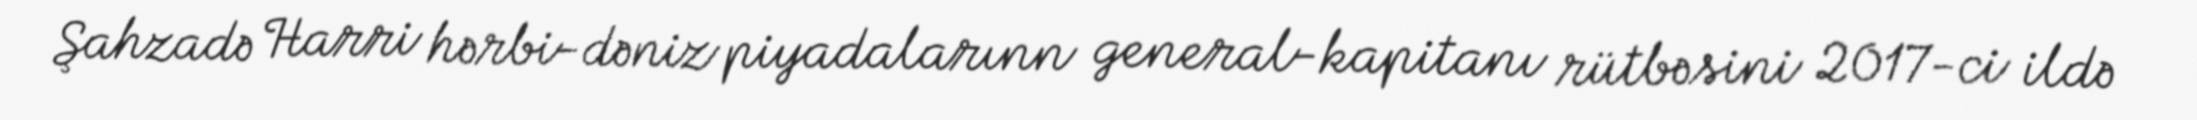
Şahzadə Harri hərbi-dəniz piyadalarınn general-kapitanı rütbəsini 2017-ci ildə